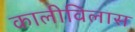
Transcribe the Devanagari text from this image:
कालीविलास